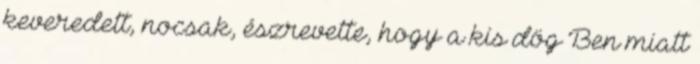
keveredett, nocsak, észrevette, hogy a kis dög Ben miatt